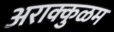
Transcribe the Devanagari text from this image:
अराक्कुळम